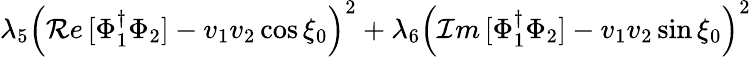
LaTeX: \lambda_{5}\left({\cal Re}\, [\Phi_{1}^{\dagger}\Phi_{2}]-v_{1}v_{2}\cos\xi_{0}\right)^{2}+\lambda_{6}\left({\cal Im}\, [\Phi_{1}^{\dagger}\Phi_{2}]-v_{1}v_{2}\sin\xi_{0}\right)^{2}